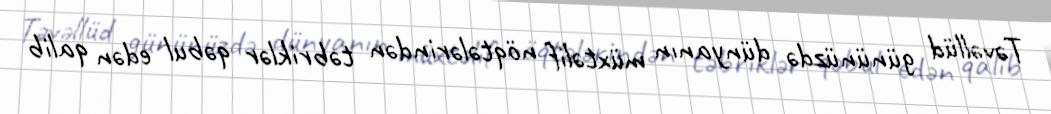
Təvəllüd gününüzdə dünyanın müxtəlif nöqtələrindən təbriklər qəbul edən qalib